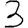
Digit: 3